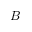
B